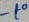
Text: -to